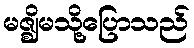
မဇ္ဈိမသို့ပြောသည်